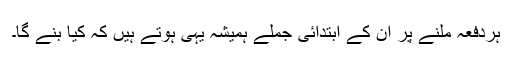
ہردفعہ ملنے پر ان کے ابتدائی جملے ہمیشہ یہی ہوتے ہیں کہ کیا بنے گا۔